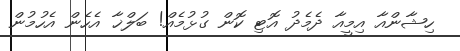
ހިޝާންއާ އިމީއާ ދެމެދު އޮޓި ކޮން ގުޅުމެއް! ބަލްޚާ އެހެން އެހުމުން